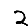
Digit: 2